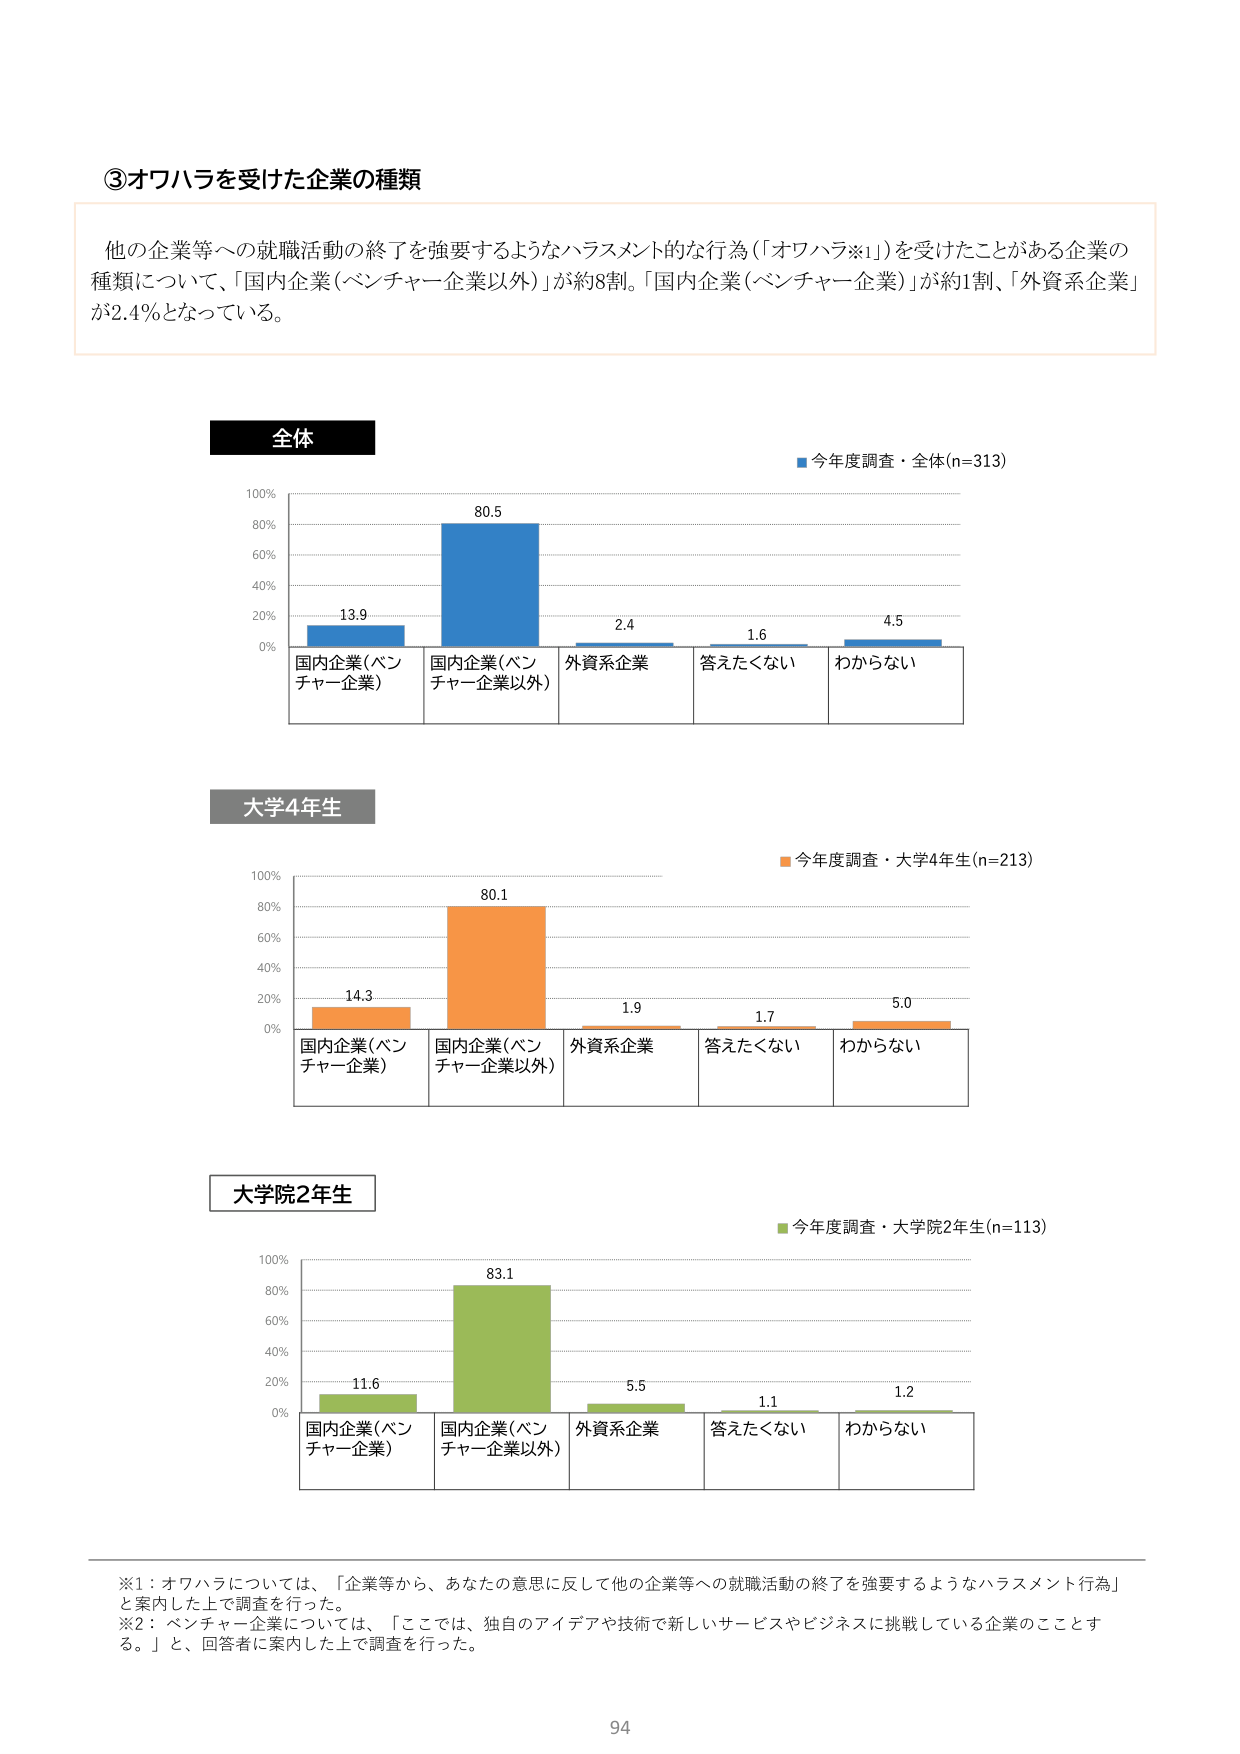
③オワハラを受けた企業の種類

他の企業等への就職活動の終了を強要するようなハラスメント的な行為（「オワハラ※1」）を受けたことがある企業の種類について、「国内企業（ベンチャー企業以外）」が約8割。「国内企業（ベンチャー企業）」が約1割、「外資系企業」が2.4％となっている。

全体
■今年度調査・全体(n=313)
100%
80%
60%
40%
20%
0%
13.9
80.5
2.4
1.6
4.5
国内企業（ベンチャー企業）
国内企業（ベンチャー企業以外）
外資系企業
答えたくない
わからない

大学4年生
■今年度調査・大学4年生(n=213)
100%
80%
60%
40%
20%
0%
14.3
80.1
1.9
1.7
5.0
国内企業（ベンチャー企業）
国内企業（ベンチャー企業以外）
外資系企業
答えたくない
わからない

大学院2年生
■今年度調査・大学院2年生(n=113)
100%
80%
60%
40%
20%
0%
11.6
83.1
5.5
1.1
1.2
国内企業（ベンチャー企業）
国内企業（ベンチャー企業以外）
外資系企業
答えたくない
わからない

※1：オワハラについては、「企業等から、あなたの意思に反して他の企業等への就職活動の終了を強要するようなハラスメント行為」と案内した上で調査を行った。
※2：ベンチャー企業については、「ここでは、独自のアイデアや技術で新しいサービスやビジネスに挑戦している企業のこととする。」と、回答者に案内した上で調査を行った。

94